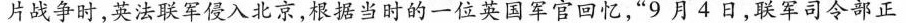
片战争时，英法联军侵入北京，根据当时的一位英国军官回忆，”9月4日，联军司令部正